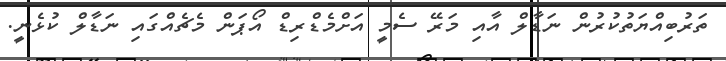
ތަރުބިއްޔަތުކުރުން ނަޑާލް އާއި މަރޭ ސެމީ އަށްމެޑްރިޑް އޯޕަން މެޗެއްގައި ނަޑާލް ކުޅެނީ.